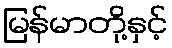
မြန်မာတို့နှင့်